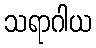
သရာဂါယ